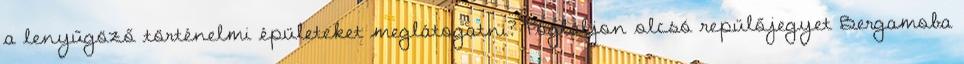
a lenyűgöző történelmi épületeket meglátogatni? Foglaljon olcsó repülőjegyet Bergamoba